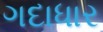
ગદાધાર